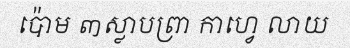
ប៉ោម ៣ស្លាបព្រា កាហ្វេ លាយ